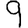
Digit: 9